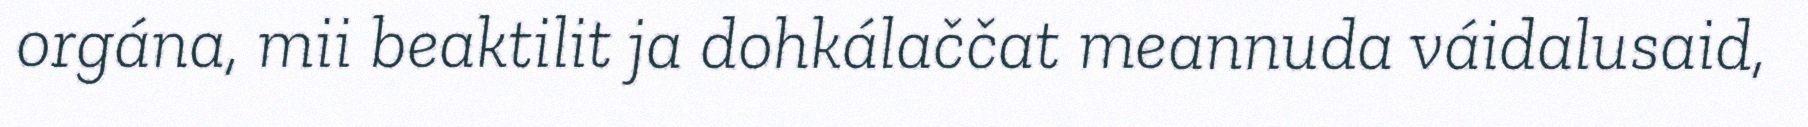
orgána, mii beaktilit ja dohkálaččat meannuda váidalusaid,